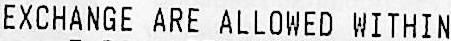
EXCHANGE ARE ALLOWED WITHIN